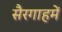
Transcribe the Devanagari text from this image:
सैरगाहमें